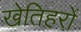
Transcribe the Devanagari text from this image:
खेतिहरों